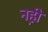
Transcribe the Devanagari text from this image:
नही़